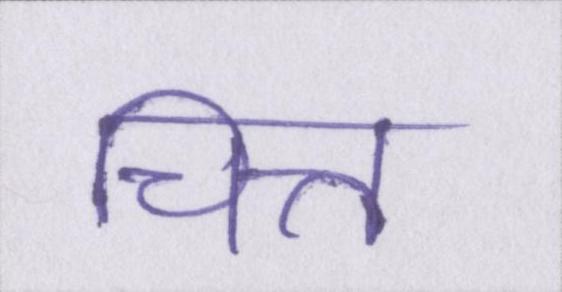
चित्त